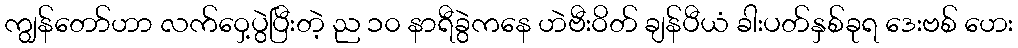
ကျွန်တော်ဟာ လက်ဝှေ့ပွဲပြီးတဲ့ ည ၁၀ နာရီခွဲကနေ ဟဲဗီးဝိတ် ချန်ပီယံ ခါးပတ်နှစ်ခုရ ဒေးဗစ် ဟေး